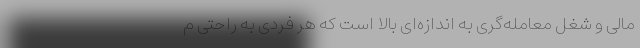
مالی و شغل معامله‌گری به اندازه‌ای بالا است که هر فردی به راحتی م